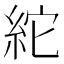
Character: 紽